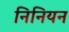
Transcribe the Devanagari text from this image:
निनियन